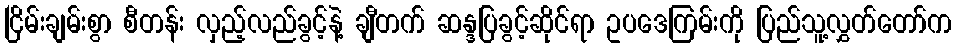
ငြိမ်းချမ်းစွာ စီတန်း လှည့်လည်ခွင့်နဲ့ ချီတက် ဆန္ဒပြခွင့်ဆိုင်ရာ ဥပဒေကြမ်းကို ပြည်သူ့လွှတ်တော်က